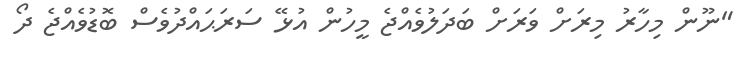
"ނޫން މިހާރު މިރަށް ވަރަށް ބަދަލުވެއްޖެ މީހުން އުޅޭ ސަރަޙައްދުވެސް ބޮޑުވެއްޖެ ދޯ